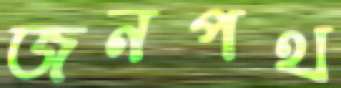
জনপথ